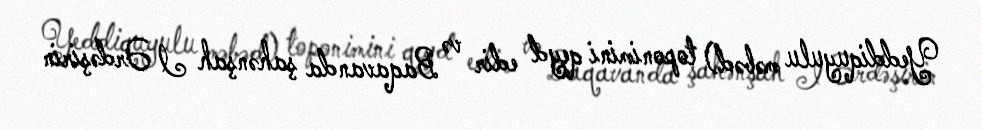
Yeddiquyulu məbəd) toponimini qeyd edir və Baqavanda şahənşah I Ərdəşirin